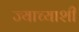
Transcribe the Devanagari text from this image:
ज्याच्याशी